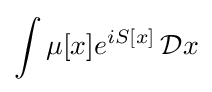
\int \mu [x]e^{iS[x]}\,{\mathcal {D}}x